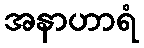
အနာဟာရံ